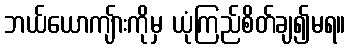
ဘယ်ယောကျ်ားကိုမှ ယုံကြည်စိတ်ချ၍မရ။